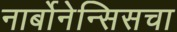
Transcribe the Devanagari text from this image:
नार्बोनेन्सिसचा